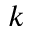
^ k